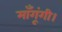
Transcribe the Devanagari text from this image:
माँगूंगी।